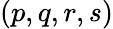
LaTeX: (p,q,r,s)